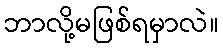
ဘာလို့မဖြစ်ရမှာလဲ။